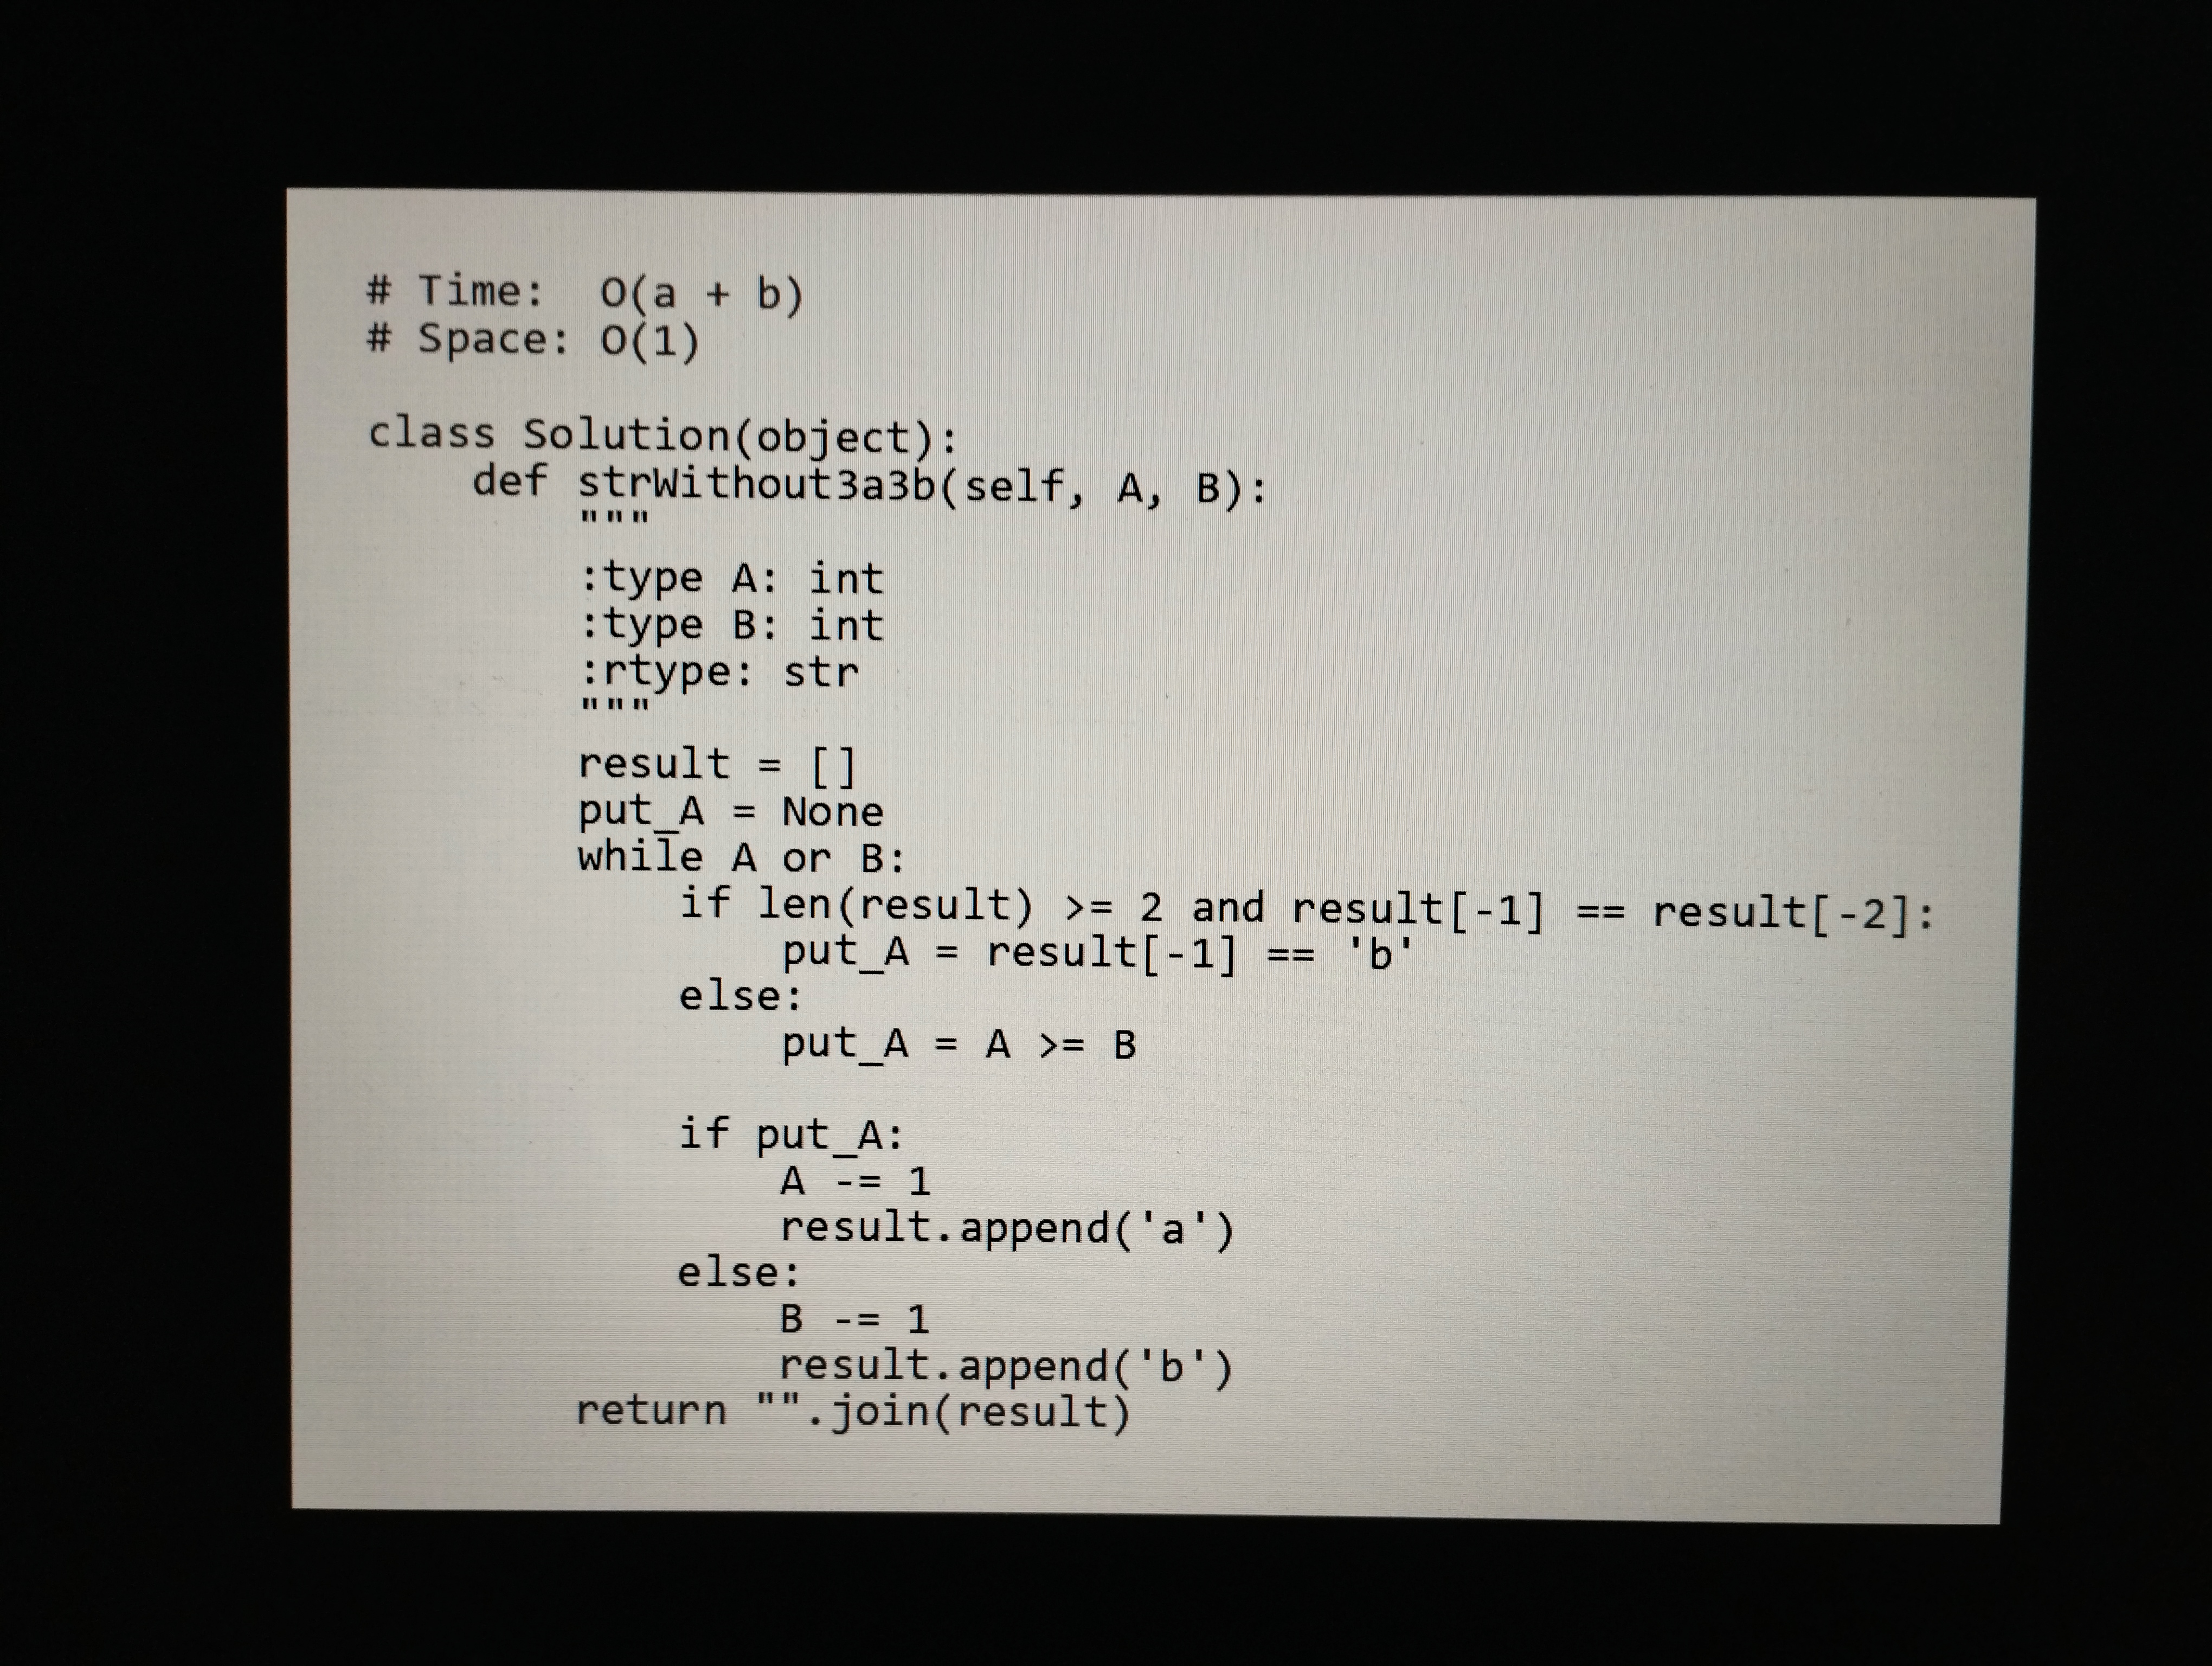
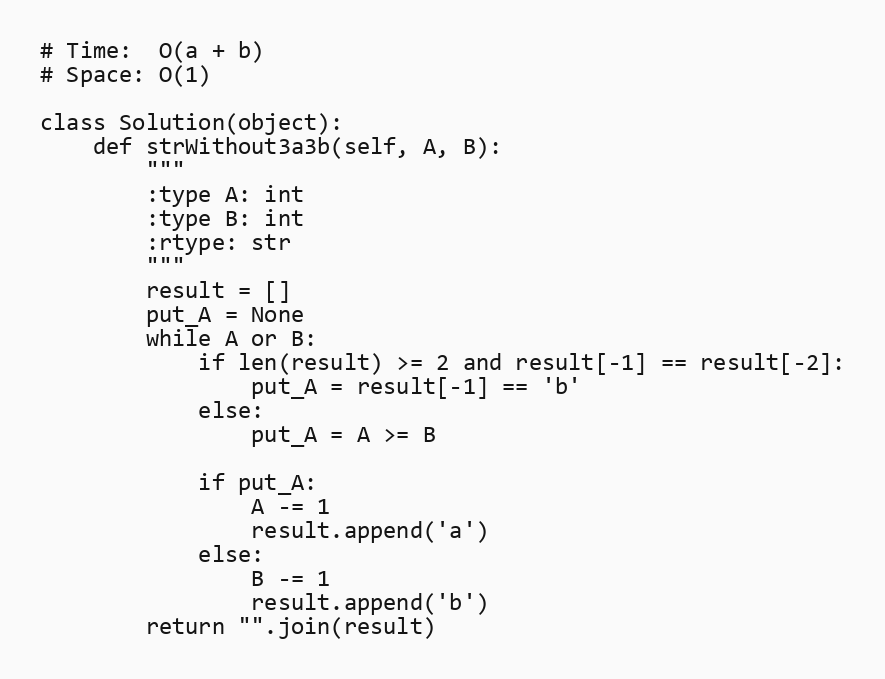
# Time:  O(a + b)
# Space: O(1)

class Solution(object):
    def strWithout3a3b(self, A, B):
        """
        :type A: int
        :type B: int
        :rtype: str
        """
        result = []
        put_A = None
        while A or B:
            if len(result) >= 2 and result[-1] == result[-2]:
                put_A = result[-1] == 'b'
            else:
                put_A = A >= B

            if put_A:
                A -= 1
                result.append('a')
            else:
                B -= 1
                result.append('b')
        return "".join(result)